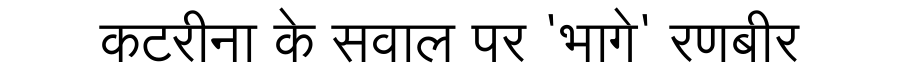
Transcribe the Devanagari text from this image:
कटरीना के सवाल पर 'भागे' रणबीर